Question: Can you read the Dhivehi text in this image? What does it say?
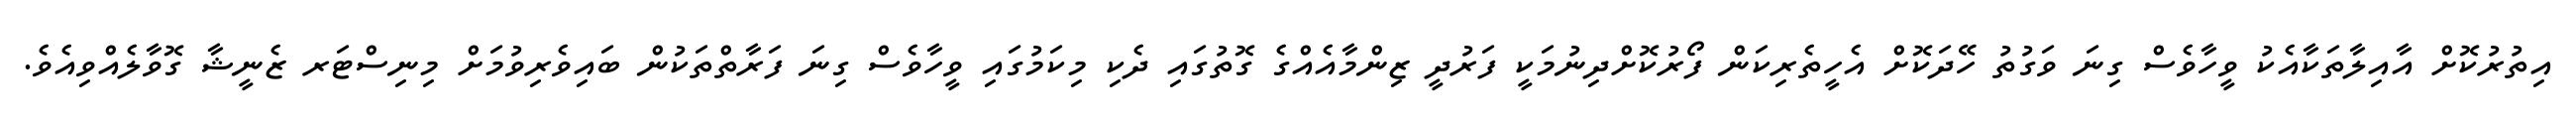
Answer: އިތުރުކޮށް އާއިލާތަކާއެކު ވީހާވެސް ގިނަ ވަގުތު ހޭދަކޮށް އެހީތެރިކަން ފޯރުކޮށްދިނުމަކީ ފަރުދީ ޒިންމާއެއްގެ ގޮތުގައި ދެކި މިކަމުގައި ވީހާވެސް ގިނަ ފަރާތްތަކުން ބައިވެރިވުމަށް މިނިސްޓަރ ޒެނީޝާ ގޮވާލެއްވިއެވެ.